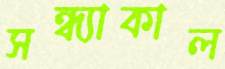
সন্ধ্যাকাল